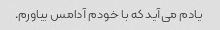
یادم می‌آید که با خودم آدامس بیاورم.